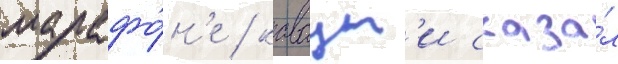
марафо́н'е / каваут'и сказа́л